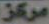
مركز